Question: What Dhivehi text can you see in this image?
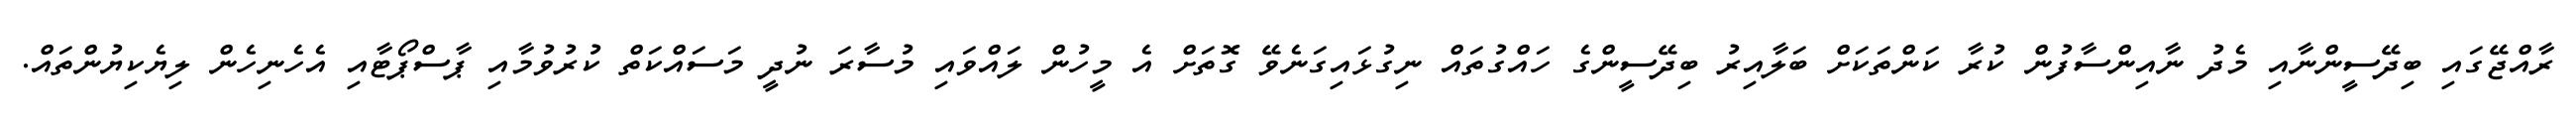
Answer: ރާއްޖޭގައި ބިދޭސީންނާއި މެދު ނާއިންސާފުން ކުރާ ކަންތަކަށް ބަލާއިރު ބިދޭސީންގެ ހައްގުތައް ނިގުޅައިގަނެވޭ ގޮތަށް އެ މީހުން ލައްވައި މުސާރަ ނުދީ މަސައްކަތް ކުރުވުމާއި ޕާސްޕޯޓާއި އެހެނިހެން ލިޔެކިޔުންތައް.